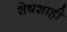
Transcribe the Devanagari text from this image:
शेषशाही